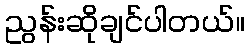
ညွန်းဆိုချင်ပါတယ်။